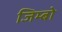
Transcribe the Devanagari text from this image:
जिम्बो